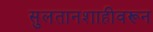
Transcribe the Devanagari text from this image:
सुलतानशाहीवरून